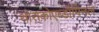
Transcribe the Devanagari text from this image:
थोराकोएब्डॉमिनल